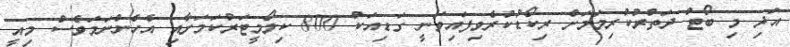
އަދި މި ބޯޓު ދަތުރުކުރިމަމަށް ރިކޯޑުކުރެވިފައިވަނީ ގަޑިއަކު 800 ކިލޯމީޓަރުކަމަށާއި އެހެންނަމަވެސް މިއީ